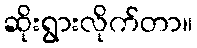
ဆိုးရွားလိုက်တာ။